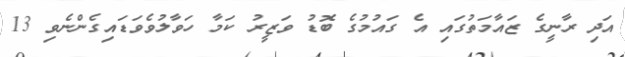
އަދި ރާނީގެ ޒައާމަތުގައި އެ ގައުމުގެ ބޮޑު ވަޒީރު ކަމާ ހަވާލުވެވަޑައިގެންނެވި 13